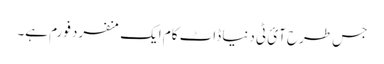
جس طرح آئ ٹی دنیا ڈاٹ کام ایک منفرد فورم ہے۔